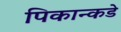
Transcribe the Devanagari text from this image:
पिकान्कडे